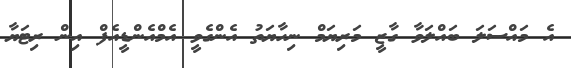
އެ މައްސަލަ ބައްލަވާ ގާޒީ މަރިޔަމް ނިހާޔަތު އެންގެވީ އެމްއެންޑީއެފް އިން ރިޓަޔާ